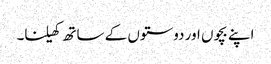
اپنے بچوں اور دوستوں کے ساتھ کھیلنا۔